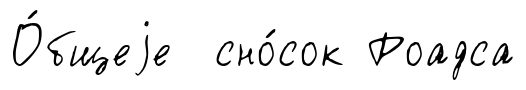
О́бщеjе сно́сок Роадса